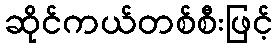
ဆိုင်ကယ်တစ်စီးဖြင့်